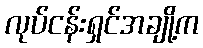
လုပ်ငန်းရှင်အချို့က